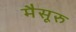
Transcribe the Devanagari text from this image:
मैसूरु